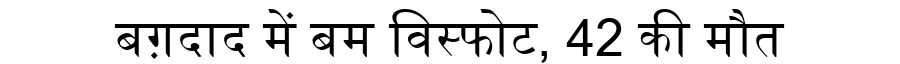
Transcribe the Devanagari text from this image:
बग़दाद में बम विस्फोट, 42 की मौत